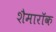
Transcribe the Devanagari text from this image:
शैमारॉक